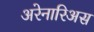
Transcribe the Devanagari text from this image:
अरेनारिअस